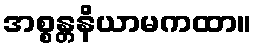
အစ္စန္တနိယာမကထာ။